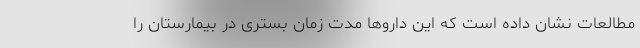
مطالعات نشان داده است که این داروها مدت زمان بستری در بیمارستان را